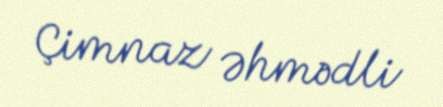
Çimnaz Əhmədli